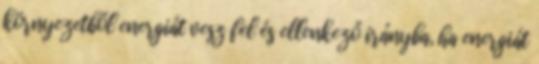
környezetből energiát vesz fel és ellenkező irányba, ha energiát